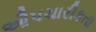
ઔપચારીકતા